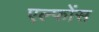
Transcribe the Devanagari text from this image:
एल्फोंस